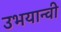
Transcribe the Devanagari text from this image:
उभयान्वी